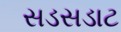
સડસડાટ